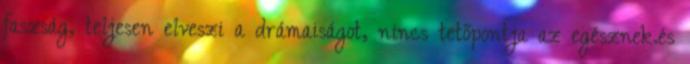
faszság, teljesen elveszi a drámaiságot, nincs tetőpontja az egésznek.és